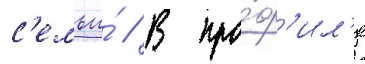
с'емьи́ // В про́ф'ил'е